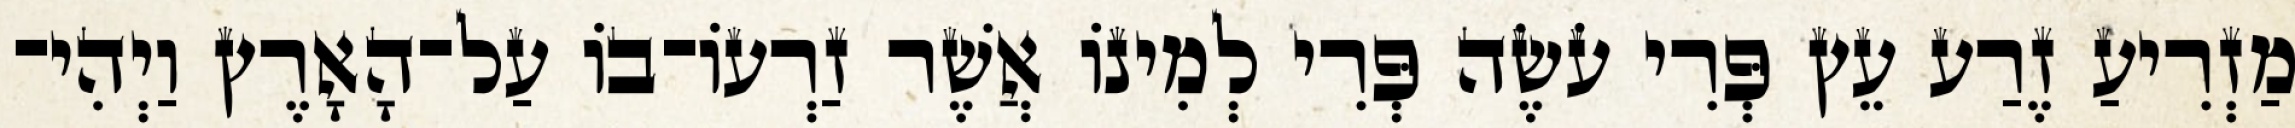
מַזְרִיעַ זֶרַע עֵץ פְּרִי עֹשֶׂה פְּרִי לְמִינֹו אֲשֶׁר זַרְעֹו־בֹו עַל־הָאָרֶץ וַיְהִי־